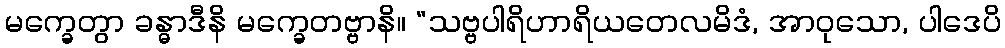
မက္ခေတွာ ခန္ဓာဒီနိ မက္ခေတဗ္ဗာနိ။ “သဗ္ဗပါရိဟာရိယတေလမိဒံ, အာဝုသော, ပါဒေပိ